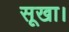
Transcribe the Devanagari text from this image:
सूखा।